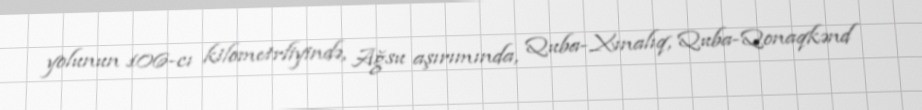
yolunun 106-cı kilometrliyində, Ağsu aşırımında, Quba-Xınalıq, Quba-Qonaqkənd